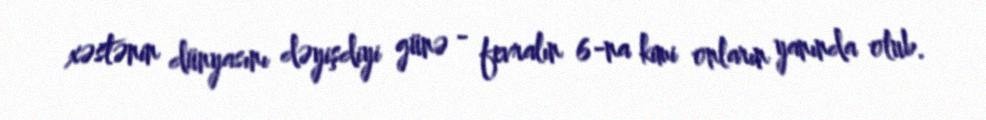
xəstənin dünyasını dəyişdiyi günə - fevralın 6-na kimi onların yanında olub.